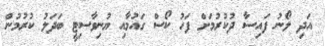
އަދި ލޯނު ފައިސާ ދުކުރުމަށް ފަހު ކޯސް ގައުމާއި ޔުނިވާސިޓީ ބަދަލު ކުރުމުން